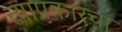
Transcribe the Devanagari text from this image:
त्याप्रकारचा